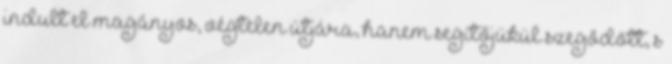
indult el magányos, végtelen útjára, hanem segítőjükül szegődött, s